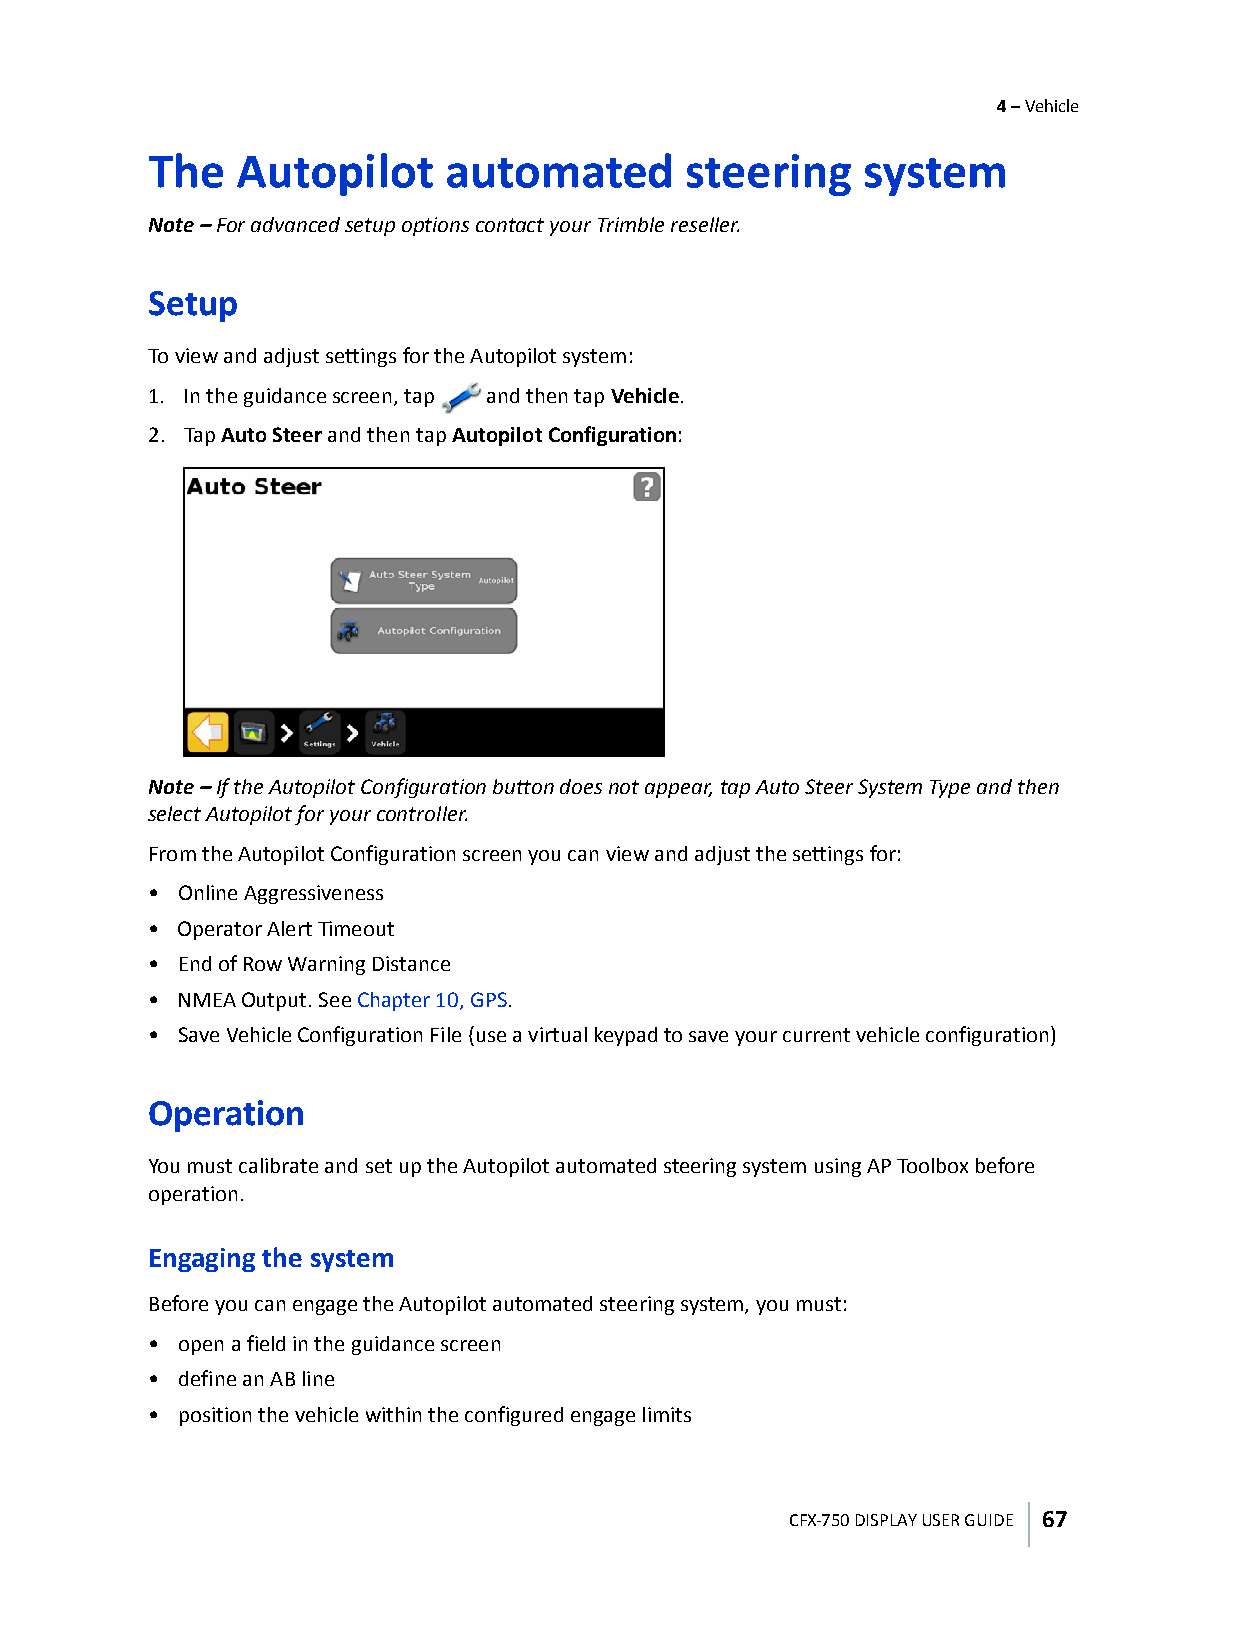
4 – Vehicle
 The   Autopilot     automated      steering    system
 Note – For advanced setup options contact your Trimble reseller.
 Setup
 To view and adjust settings for the Autopilot system:
 1. In the guidance screen, tap and then tap Vehicle.
 2. Tap Auto Steer and then tap Autopilot Configuration:
 Note – If the Autopilot Configuration button does not appear, tap Auto Steer System Type and then
 select Autopilot for your controller.
 From the Autopilot Configuration screen you can view and adjust the settings for:
 • Online Aggressiveness
 • Operator Alert Timeout
 • End of Row Warning Distance
 • NMEA Output. See Chapter10, GPS.
 • Save Vehicle Configuration File (use a virtual keypad to save your current vehicle configuration)
 Operation
 You must calibrate and set up the Autopilot automated steering system using AP Toolbox before
 operation.
 Engaging the system
 Before you can engage the Autopilot automated steering system, you must:
 • open a field in the guidance screen
 • define an AB line
 • position the vehicle within the configured engage limits
 CFX-750 DISPLAY USER GUIDE 67